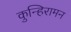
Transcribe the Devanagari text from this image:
कुन्हिरामन